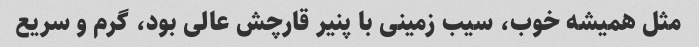
مثل همیشه خوب، سیب زمینی با پنیر قارچش عالی بود، گرم و سریع